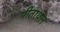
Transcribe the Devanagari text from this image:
मीताथल